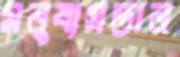
মনুষ্যসন্তান